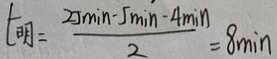
t _ { 明 } = \frac { 2 5 \min - 5 \min - 4 \min } { 2 } = 8 \min